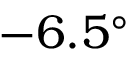
- 6 . 5 ^ { \circ }